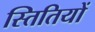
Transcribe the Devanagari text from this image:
स्तितियों